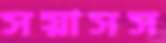
সয়াসস